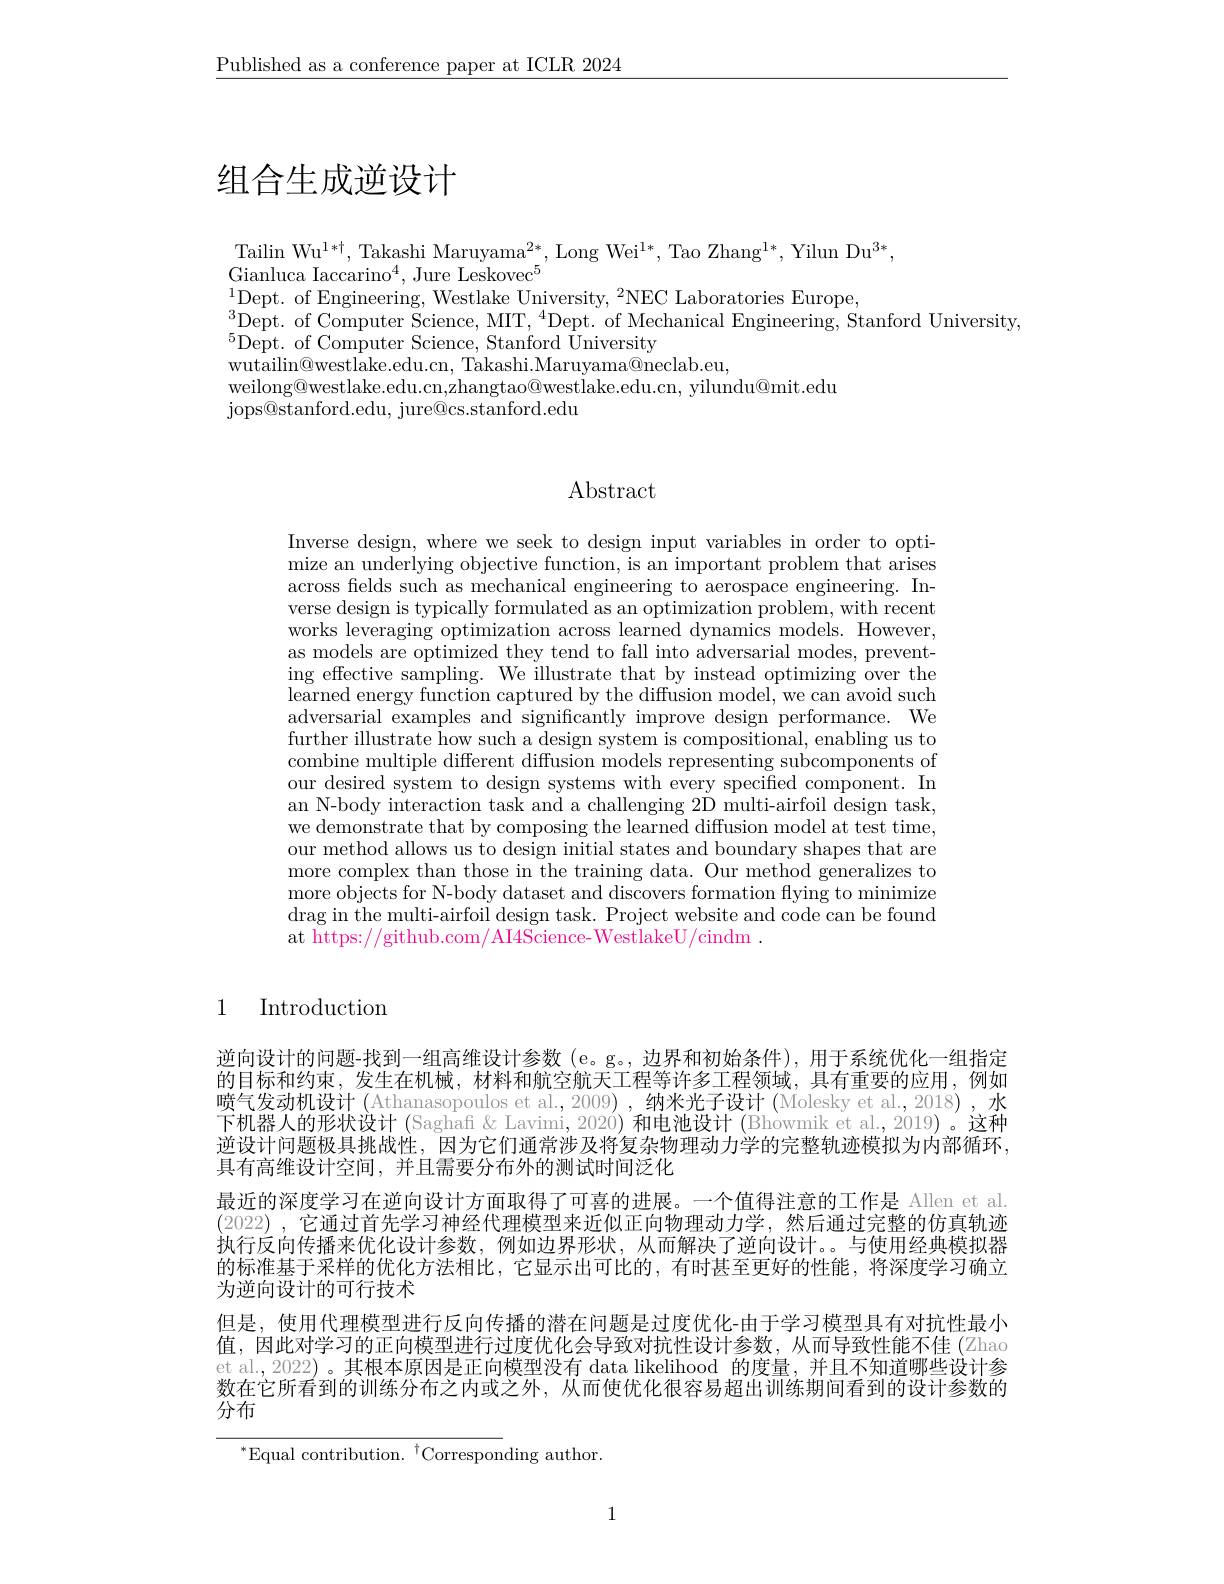
$\underline{\text{Published as a conference paper at ICLR 2024}}$

# 组合生成逆设计

Tailin Wu$^1*\dagger$, Takashi Maruyama$^2*$, Long Wei$^1*$, Tao Zhang$^1*$, Yilun Du$^3*$,
Gianluca Iaccarino$^4$, Jure Leskovec$^5$
$\operatorname*{lim}_{3\mathrm{P}}^{1}$Dept. of Engineering, Westlake University, $^2$NEC Laboratories Europe,
$\text{3Dept. of Computer Science, MIT, }^{4}$Dept. of Mechanical Engineering, Stanford University, $\text{5Dept. of Computer Science, MIT, }^{4}$Dept. of Mechanical Engineering, Stanford University,
${}^{5}$Dept. of Computer Science, Stanford University
$\dot{\text{wutailin@westlake.edu.cn, Takashi.Maruyama@neclab.eu,}}$
weilong@westlake.edu.cn,zhangtao@westlake.edu.cn, yilundu@mit.edu
jops@ stanford. edu, jure@ cs. stanford. edu

# Abstract

Inverse design, where we seek to design input variables in order to optimize an underlying objective function, is an important problem that arises across felds such as mechanical engineering to aerospace engineering. Inverse design is typically formulated as an optimization problem, with recent works leveraging optimization across learned dynamics models. However, as models are optimized they tend to fall into adversarial modes, preventing effective sampling. We illustrate that by instead optimizing over the $\bar{\text{learned energy function captured by the diffusion model, we can avoid such}}$ adversarial examples and significantly improve design performance. We further illustrate how such a design system is compositional, enabling us to combine multiple different diffusion models representing subcomponents of our desired system to design systems with every specified component. In an N-body interaction task and a challenging 2D multi-airfoil design task, we demonstrate that by composing the learned diffusion model at test time, our method allows us to design initial states and boundary shapes that are more complex than those in the training data. Our method generalizes to more objects for N-body dataset and discovers formation flying to minimize drag in the multi-airfoil design task. Project website and code can be found $\bar{\text{at https:}}//\bar{\text{github.com}}/\bar{\text{AI4Science- WestlakeU/cindm }}.$

1 Introduction

逆向设计的问题-找到一组高维设计参数(e。g。,边界和初始条件),用于系统优化一组指定的目标和约束，发生在机械，材料和航空航天工程等许多工程领域，具有重要的应用，例如喷气发动机设计 (Athanasopoulos et al., 2009) , 纳米光子设计 (Molesky et al., 2018) ,水下机器人的形状设计 (Saghafi & Lavimi, 2020) 和电池设计 (Bhowmik et al., 2019) 。这种逆设计问题极具挑战性，因为它们通常涉及将复杂物理动力学的完整轨迹模拟为内部循环， 具有高维设计空间，并且需要分布外的测试时间泛化
最近的深度学习在逆向设计方面取得了可喜的进展。一个值得注意的工作是 Allen et al. (2022) ,它通过首先学习神经代理模型来近似正向物理动力学，然后通过完整的仿真轨迹执行反向传播来优化设计参数，例如边界形状，从而解决了逆向设计。。与使用经典模拟器的标准基于采样的优化方法相比，它显示出可比的，有时甚至更好的性能，将深度学习确立为逆向设计的可行技术
但是，使用代理模型进行反向传播的潜在问题是过度优化-由于学习模型具有对抗性最小值，因此对学习的正向模型进行过度优化会导致对抗性设计参数，从而导致性能不佳(Zhao et al., 2022)。其根本原因是正向模型没有 data likelihood 的度量，并且不知道哪些设计参数在它所看到的训练分布之内或之外，从而使优化很容易超出训练期间看到的设计参数的分布

$^{*}$Equal contribution.$^\dagger$Corresponding author.

1